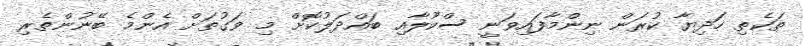
ތަކެތި ހަދިޔާ ކުރަން ނިންމާފައިވަނީ ސްކޫލާއި ބައްދަލުކޮށް މި ވަގުތަށް އެންމެ ބޭނުންތެރި